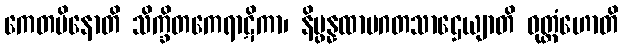
ကေတဗိနောတိ သိက္ခိတကေရာဋိကာ၊ နိပ္ဖန္နထာမဂတသာဌေယျာတိ ဝုတ္တံဟောတိ